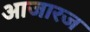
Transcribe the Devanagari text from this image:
आजारज